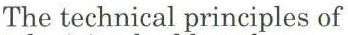
The technical principles of